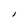
Character: I